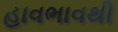
હાવભાવથી